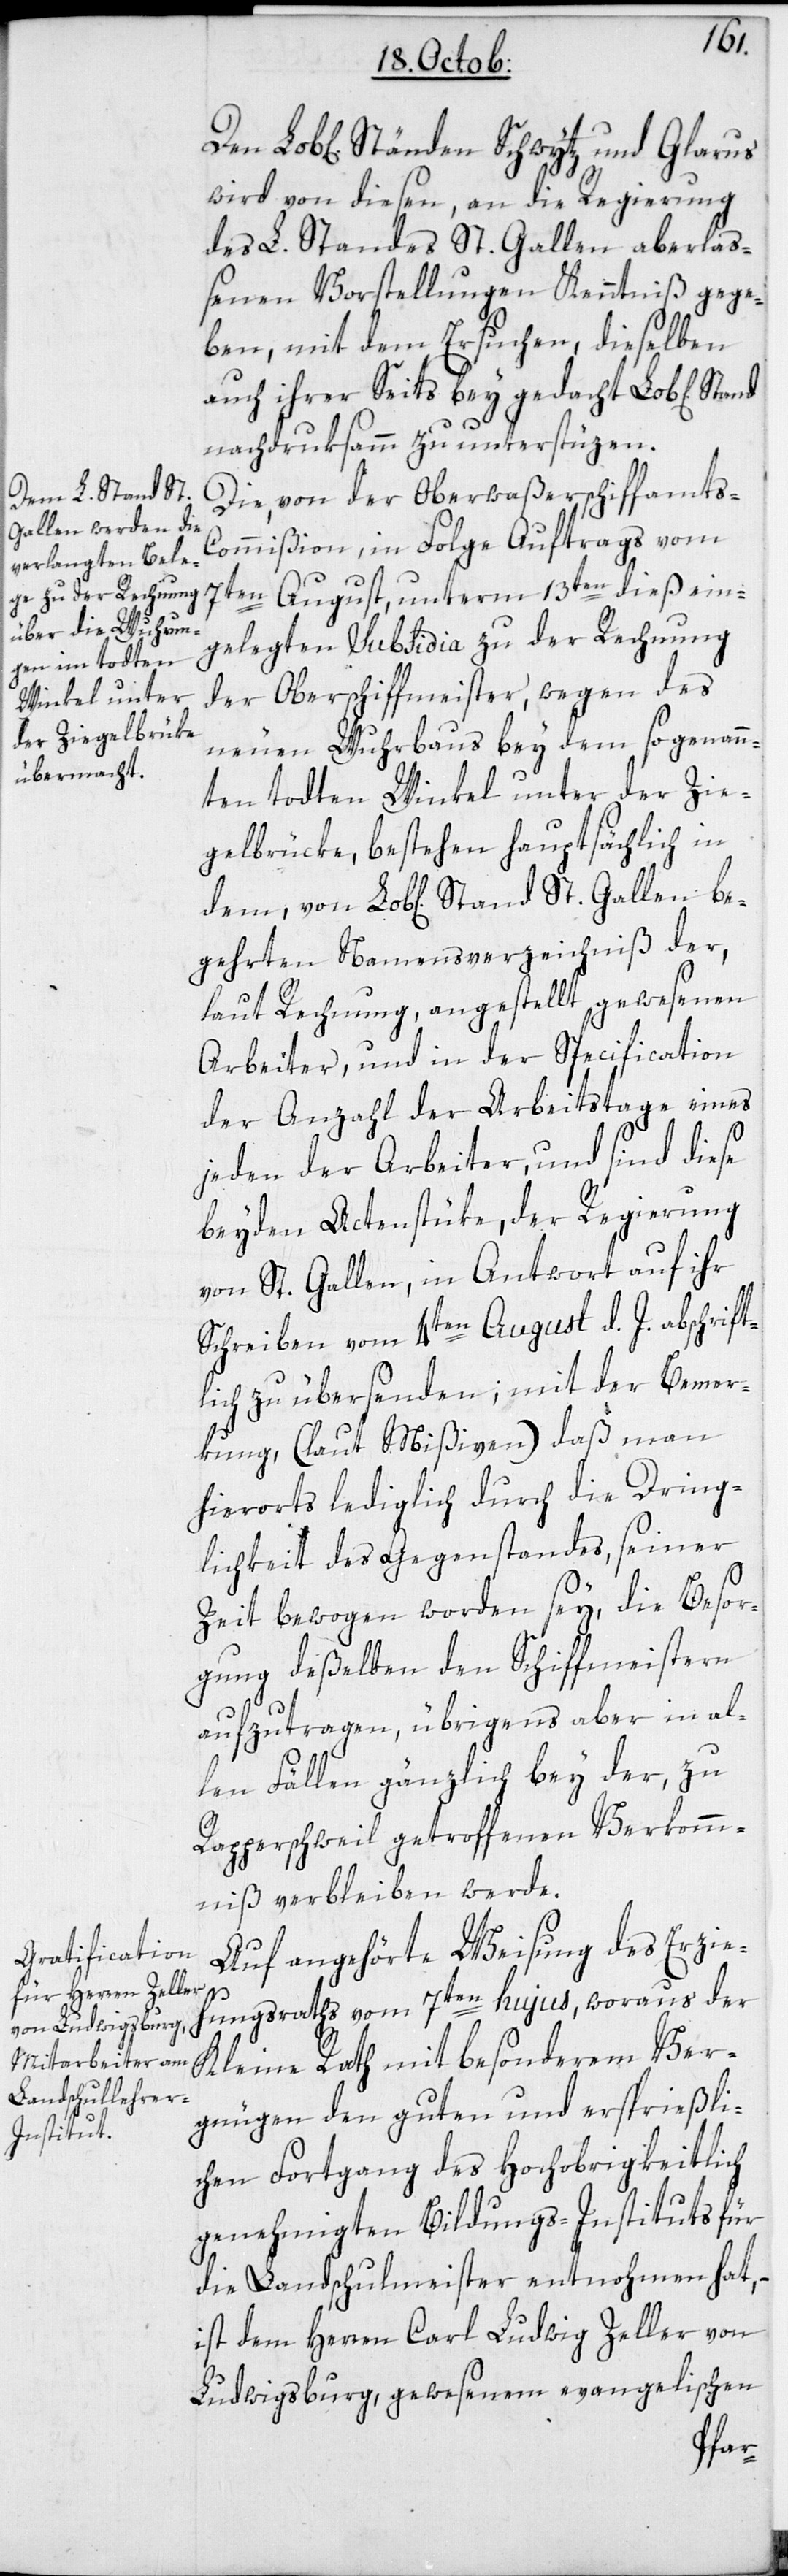
wird von diesen, an die Regierung
des L. Standes St. Gallen aberlaß¬
enen Vorstellungen Kenntniß gege¬
ben, mit dem Ersuchen, dieselben
auch ihrer Seits bey gedacht Lobl[ichem]
nachdruksamm zu unterstüzen.
Die von der Oberwaßerschiffamts-C¬
ommißion, in Folge Auftrags vom
7ten August, unterm 13ten dieß ein¬
gelegten Subsidia zu der Rechnung
der Oberschiffmeister, wegen des
neuen Wuhrbaus bey dem sogenann¬
ten todten Winkel unter der Zie¬
gelbrücke, bestehen hauptsächlich in
gehrten Namensverzeichniß der,
laut Rechnung, angestellt gewesenen
Arbeiter, und in der Specification
der Anzahl der Arbeitstage eines
jeden der Arbeiter, und sind diese
beyden Actenstüke, der Regierung
von St. Gallen, in Antwort auf ihr
Schreiben vom 4ten August d. J. abschrift¬
lich zu übersenden, mit der Bemer¬
kung, (laut Mißiven), daß man
hierorts lediglich durch die Dring¬
lichkeit des Gegenstandes seiner
Zeit bewogen worden sey, die Besor¬
gung deßelben den Schiffmeistern
aufzutragen, übrigens aber in al¬
be¬
len Fällen gänzlich bey der, zu
Rapperschweil getroffenen Verkomm¬
niß verbleiben werde.
Auf angehörte Weisung des Erzieh¬
ungsraths vom 7ten hujus, woraus der
Kleine Rath mit besonderem Ver¬
gnügen den guten und ersprießli¬
chen Fortgang des Hochobrigkeitlich
genehmigten Bildungs-Instituts für
die Landschulmeister entnohmen hat, –
ist dem Herren Carl Ludwig Zeller von
Ludwigsburg, gewesenem evangelischen